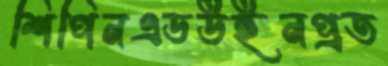
শিপিনএডউইনপ্রত